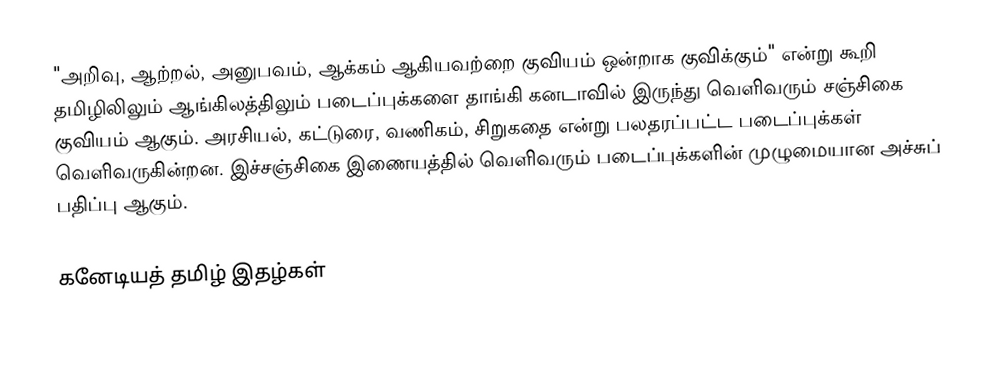
"அறிவு, ஆற்றல், அனுபவம், ஆக்கம் ஆகியவற்றை குவியம் ஒன்றாக குவிக்கும்" என்று கூறி தமிழிலிலும் ஆங்கிலத்திலும் படைப்புக்களை தாங்கி கனடாவில் இருந்து வெளிவரும் சஞ்சிகை குவியம் ஆகும்.  அரசியல், கட்டுரை, வணிகம், சிறுகதை என்று பலதரப்பட்ட படைப்புக்கள் வெளிவருகின்றன.  இச்சஞ்சிகை இணையத்தில் வெளிவரும் படைப்புக்களின் முழுமையான அச்சுப் பதிப்பு ஆகும்.

கனேடியத் தமிழ் இதழ்கள்